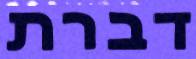
דברת